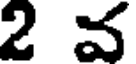
2 వ